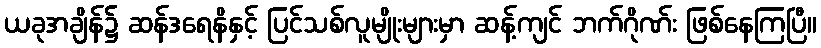
ယခုအချိန်၌ ဆန်ဒရေနိနှင့် ပြင်သစ်လူမျိုးများမှာ ဆန့်ကျင် ဘက်ဂိုဏ်း ဖြစ်နေကြပြီ။